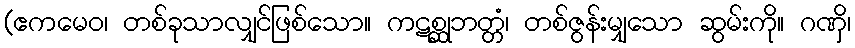
(ဧကမေဝ၊ တစ်ခုသာလျှင်ဖြစ်သော။ ကဋစ္ဆုဘတ္တံ၊ တစ်ဇွန်းမျှသော ဆွမ်းကို။ ဂဏှိ၊